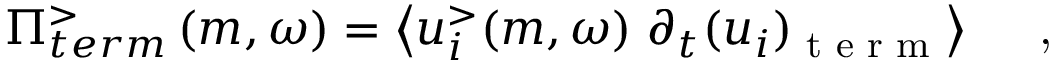
\Pi _ { t e r m } ^ { > } \left( m , \omega \right) = \left< u _ { i } ^ { > } { \left( m , \omega \right) } \; \partial _ { t } ( u _ { i } ) _ { \textrm { t e r m } } \right> \quad \textrm { , }